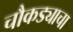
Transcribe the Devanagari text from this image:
चौकड्याचा